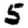
Digit: 5